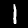
Digit: 1